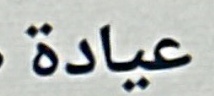
عيادة